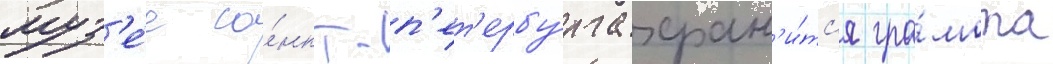
муз'е́е са́нкт-п'ет'ербу́рга хран'и́тс'я гра́мота